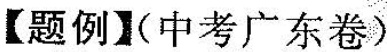
【题例】(中考广东卷)